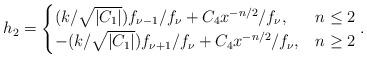
LaTeX: \begin{align*}h_2 = \begin{cases}(k/\sqrt{|C_1|}) f_{\nu-1}/f_\nu + C_4 x^{-n/2}/f_\nu , & n\leq 2\\-(k/\sqrt{|C_1|}) f_{\nu+1}/f_\nu + C_4 x^{-n/2}/f_\nu , & n\geq 2\end{cases} . \end{align*}